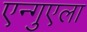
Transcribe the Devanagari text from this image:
एन्गुएला